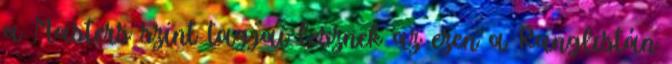
a Masters szint tagjai lesznek az ezen a Ranglistán